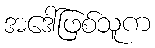
အဒေါ်ဖြစ်သူက